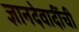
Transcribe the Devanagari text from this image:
ज्ञानदेवादींची